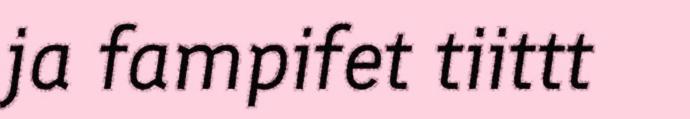
ja fampifet tiittt